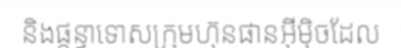
និងផ្តន្ទាទោសក្រុមហ៊ុនផានអ៊ីម៉ិចដែល